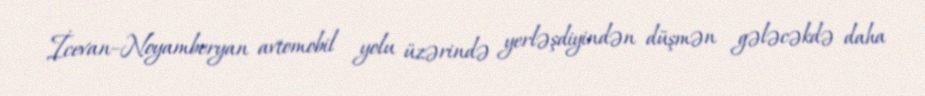
İcevan–Noyamberyan avtomobil yolu üzərində yerləşdiyindən düşmən gələcəkdə daha